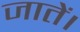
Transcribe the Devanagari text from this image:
जातें।